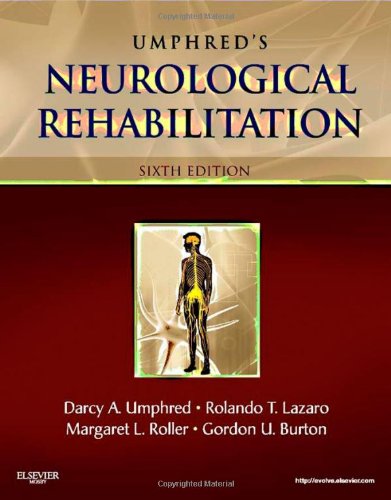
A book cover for Neurological Rehabilitation, 6e (Umphreds Neurological Rehabilitation); Medical Books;